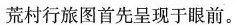
荒村行旅图首先呈现于眼前。